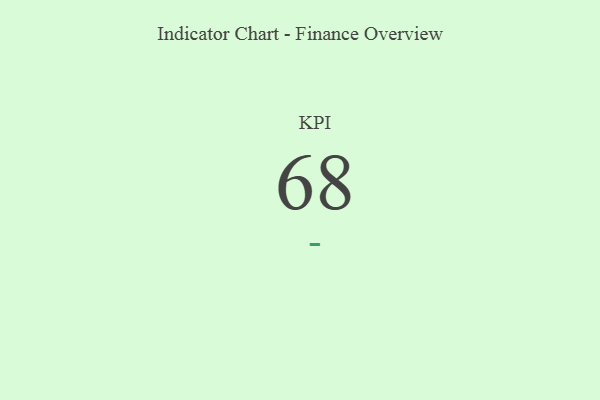
{"axis": {"x": "KPI", "y": "Value"}, "legend": [""], "data": [{"x": "KPI", "y": 68, "type": ""}]}